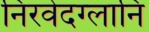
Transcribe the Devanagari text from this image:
निरवेदग्लानि